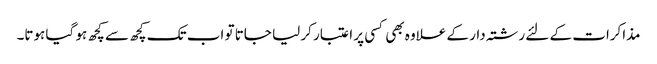
مذاکرات کے لئے رشتہ دار کے علاوہ بھی کسی پر اعتبار کر لیا جاتا تو اب تک کچھ سے کچھ ہو گیا ہوتا۔